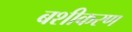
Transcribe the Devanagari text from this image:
बशीकरण